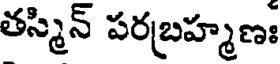
తస్మిన్ పరబహ్మణః